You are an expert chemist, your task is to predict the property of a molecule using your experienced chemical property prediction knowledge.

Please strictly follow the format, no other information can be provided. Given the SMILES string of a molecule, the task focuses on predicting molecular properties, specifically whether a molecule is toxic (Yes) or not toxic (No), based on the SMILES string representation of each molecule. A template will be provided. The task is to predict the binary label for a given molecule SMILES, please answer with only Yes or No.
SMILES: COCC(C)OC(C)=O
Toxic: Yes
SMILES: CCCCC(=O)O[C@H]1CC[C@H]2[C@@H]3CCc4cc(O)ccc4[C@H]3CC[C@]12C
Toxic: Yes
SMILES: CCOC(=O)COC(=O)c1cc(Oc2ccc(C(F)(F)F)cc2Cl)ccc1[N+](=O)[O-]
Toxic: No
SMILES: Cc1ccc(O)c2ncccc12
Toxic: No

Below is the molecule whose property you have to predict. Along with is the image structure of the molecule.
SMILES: CC(=O)NS(=O)(=O)c1ccc(N)cc1
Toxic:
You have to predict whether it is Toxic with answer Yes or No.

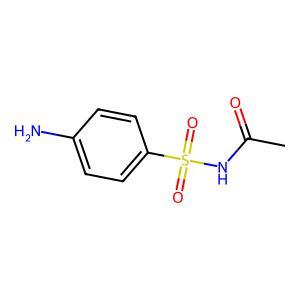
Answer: No